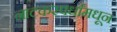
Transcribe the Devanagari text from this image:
नाटकस्पर्धांमधून